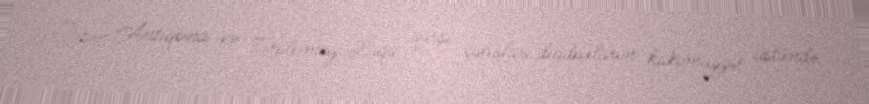
Onun Antiqona və Ptolomey Laqa qarşı çıxışları diadoxların hakimiyyət üstündə